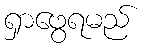
ရှာဖွေရမည်